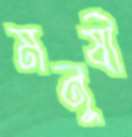
মনুষী